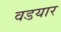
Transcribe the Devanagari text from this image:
वडयार